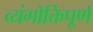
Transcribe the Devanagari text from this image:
व्यंगोक्तिपूर्ण